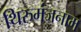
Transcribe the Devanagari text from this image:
थिरुमंजनाम